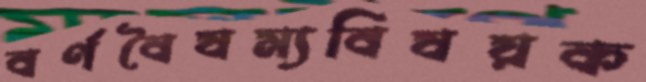
বর্ণবৈষম্যবিষয়ক